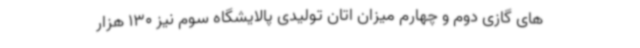
های گازی دوم و چهارم میزان اتان تولیدی پالایشگاه سوم نیز 130 هزار